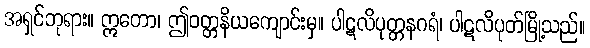
အရှင်ဘုရား။ ဣတော၊ ဤဝတ္တနိယကျောင်းမှ။ ပါဋလိပုတ္တနဂရံ၊ ပါဋလိပုတ်မြို့သည်။